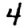
Digit: 4